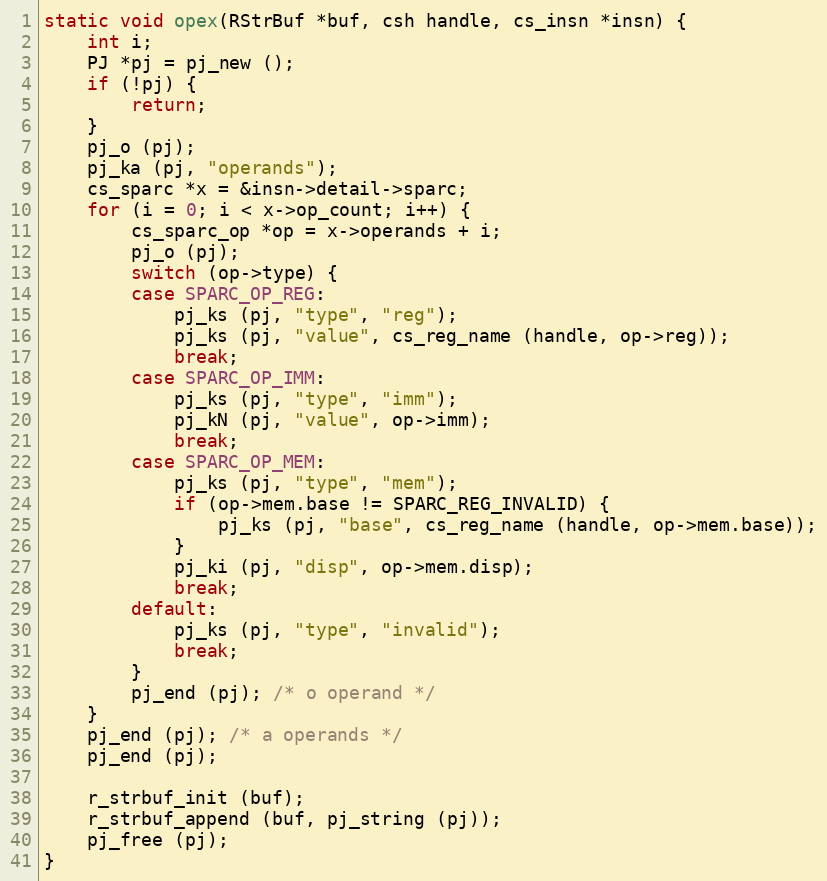
Language: C
static void opex(RStrBuf *buf, csh handle, cs_insn *insn) {
	int i;
	PJ *pj = pj_new ();
	if (!pj) {
		return;
	}
	pj_o (pj);
	pj_ka (pj, "operands");
	cs_sparc *x = &insn->detail->sparc;
	for (i = 0; i < x->op_count; i++) {
		cs_sparc_op *op = x->operands + i;
		pj_o (pj);
		switch (op->type) {
		case SPARC_OP_REG:
			pj_ks (pj, "type", "reg");
			pj_ks (pj, "value", cs_reg_name (handle, op->reg));
			break;
		case SPARC_OP_IMM:
			pj_ks (pj, "type", "imm");
			pj_kN (pj, "value", op->imm);
			break;
		case SPARC_OP_MEM:
			pj_ks (pj, "type", "mem");
			if (op->mem.base != SPARC_REG_INVALID) {
				pj_ks (pj, "base", cs_reg_name (handle, op->mem.base));
			}
			pj_ki (pj, "disp", op->mem.disp);
			break;
		default:
			pj_ks (pj, "type", "invalid");
			break;
		}
		pj_end (pj); /* o operand */
	}
	pj_end (pj); /* a operands */
	pj_end (pj);

	r_strbuf_init (buf);
	r_strbuf_append (buf, pj_string (pj));
	pj_free (pj);
}